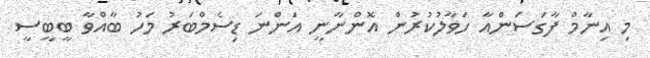
މި އިނާމް ފާގަސަންއާ ހަވާލުކުރުން އޮންނާނީ އަންނަ ޑިސެމްބަރު މަހު ބާއްވާ ބީބީސީ